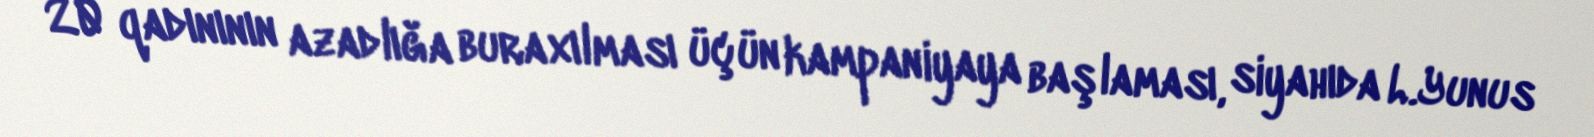
20 qadınının azadlığa buraxılması üçün kampaniyaya başlaması, siyahıda L.Yunus